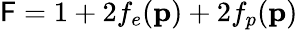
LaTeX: \mathsf{F}=1+2f_{e}(\mathbf{{p}})+2f_{p}(\mathbf{{p}})